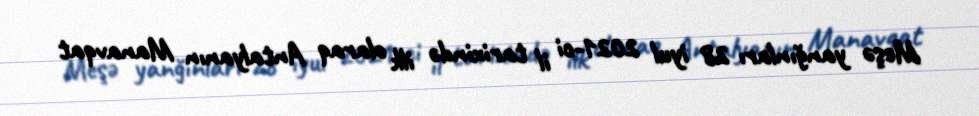
Meşə yanğınları 28 iyul 2021-ci il tarixində ilk olaraq Antalyanın Manavqat